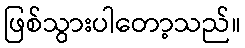
ဖြစ်သွားပါတော့သည်။